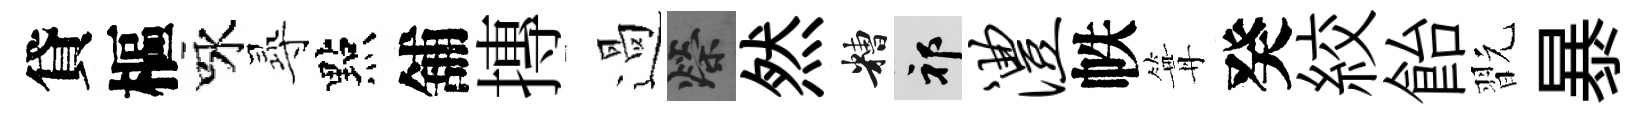
貸樞咏𡬶點舖摶過榮然糟祁澧帙篝癸絞飴翫暴